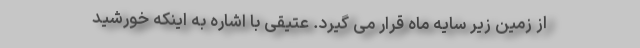
از زمین زیر سایه ماه قرار می گیرد. عتیقی با اشاره به اینکه خورشید